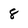
Character: 8